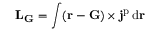
\mathbf { L } _ { \mathbf { G } } = \int ( \mathbf { r } - \mathbf { G } ) \times \mathbf { j } ^ { \mathrm { p } } \, \mathrm { d } \mathbf { r }